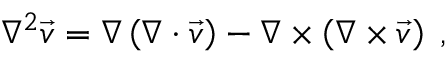
\nabla ^ { 2 } \vec { v } = \nabla \left( \nabla \cdot \vec { v } \right) - \nabla \times \left( \nabla \times \vec { v } \right) \; ,